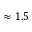
\approx 1 . 5